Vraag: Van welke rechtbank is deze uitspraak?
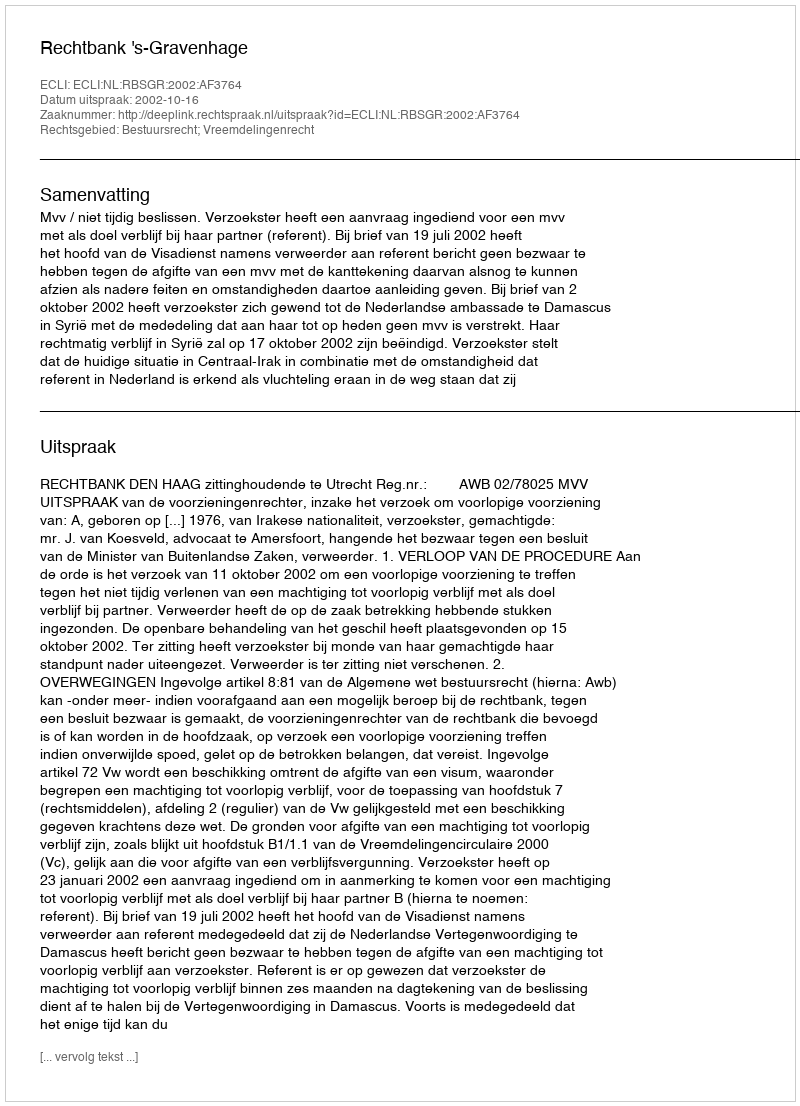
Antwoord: Rechtbank 's-Gravenhage